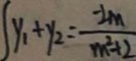
y _ { 1 } + y _ { 2 } = \frac { - 2 m } { m ^ { 2 } + 2 }